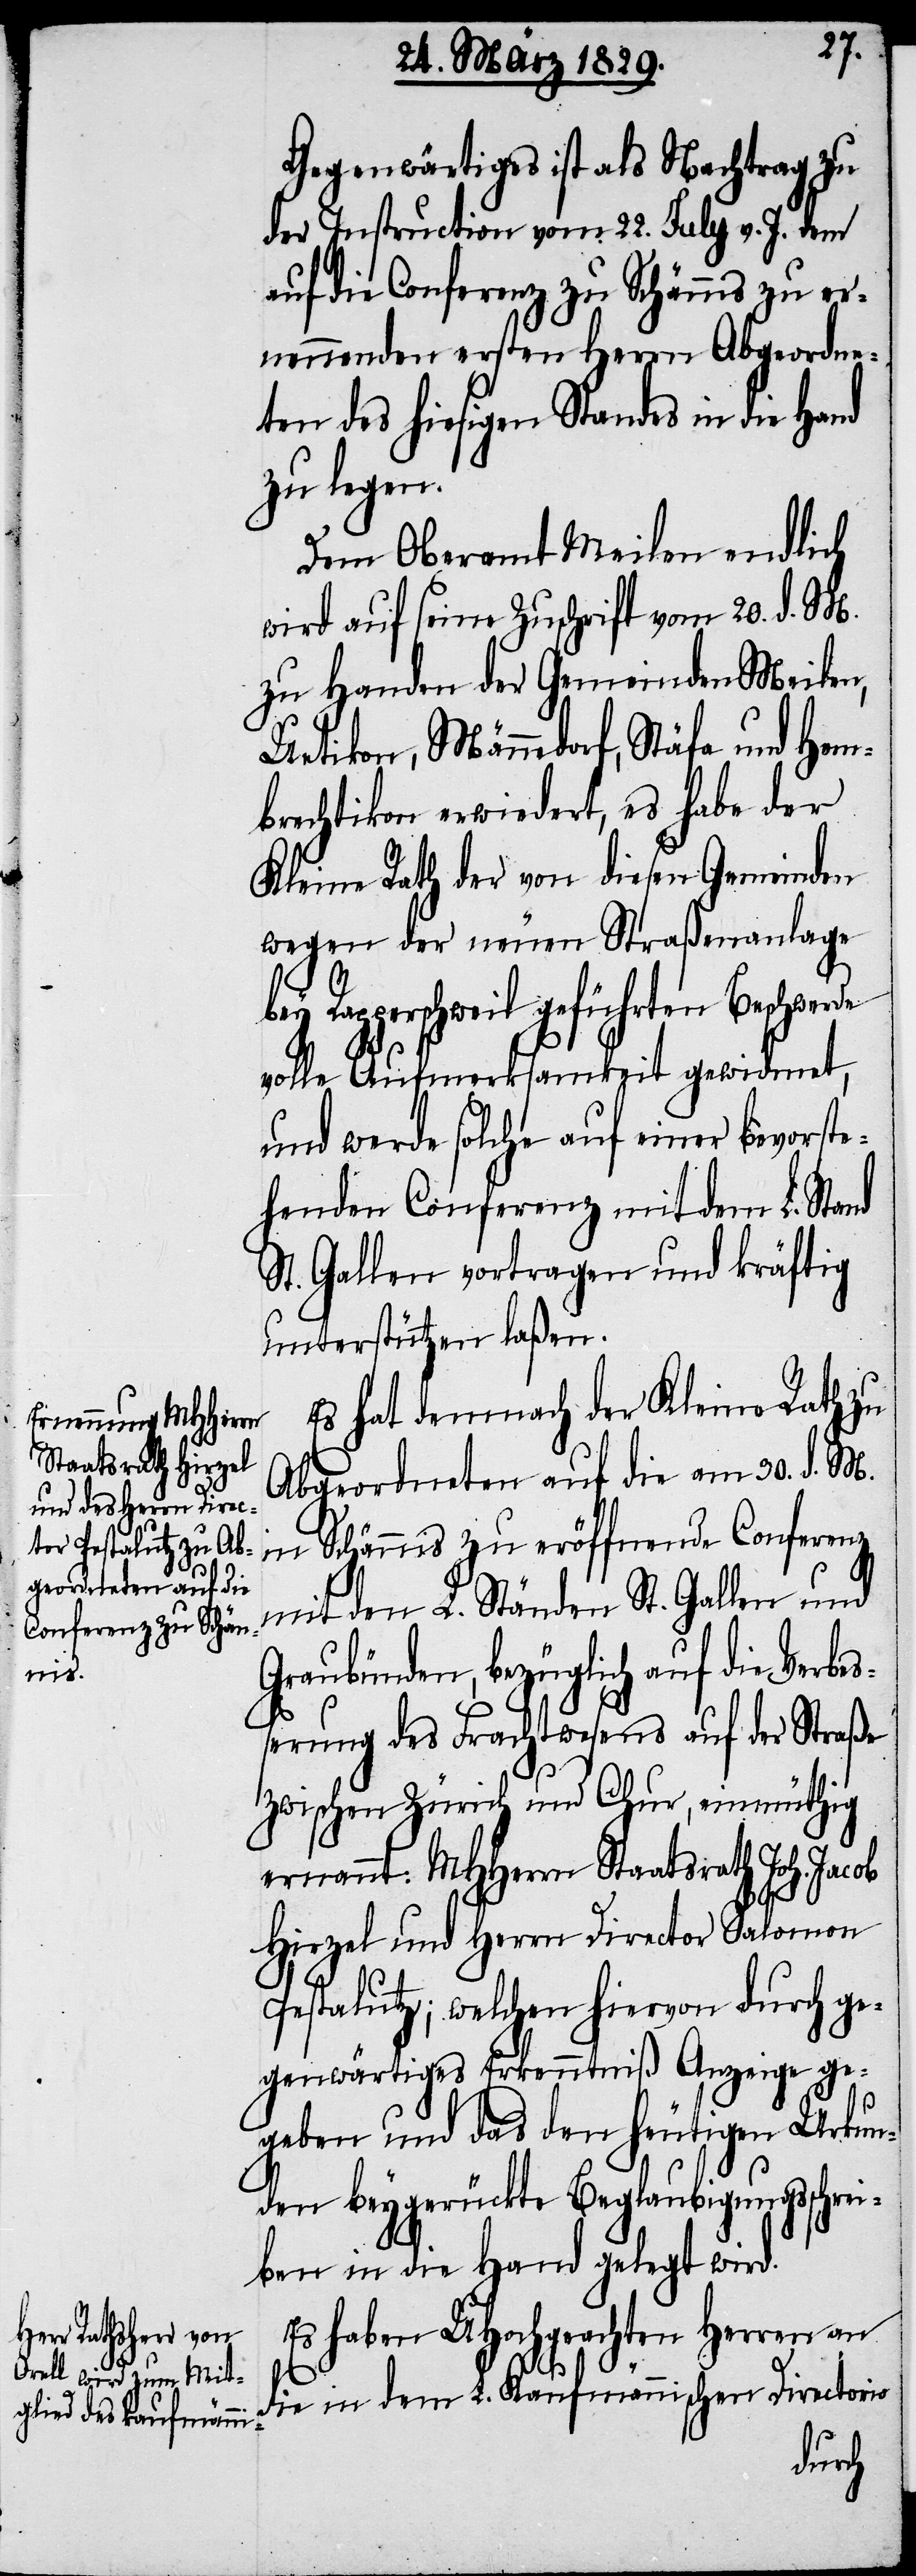
Gegenwärtiges ist als Nachtrag zu
der Instruction vom 22. July v. J. dem
auf die Conferenz zu Schännis zu er¬
nennenden ersten Herrn Abgeordne¬
ten des hiesigen Standes in die Hand
zu legen.
Dem Oberamt Meilen endlich
wird auf seine Zuschrift vom 20. d. M.
zu Handen der Gemeinden Meilen,
Uetikon, Männedorf, Stäfa und Hem¬
brechtikon erwiedert, es habe der
Kleine Rath der von diesen Gemeinden
wegen der neuen Straßenanlage
bey Rapperschweil geführten Beschwerde
volle Aufmerksamkeit gewidmet,
und werde solche auf einer bevorste¬
henden Conferenz mit dem L. Stand
St. Gallen vortragen und kräftig
unterstützen laßen.
Es hat demnach der Kleine Rath zu
Abgeordneten auf die am 30. d. M.
in Schännis zu eröffnende Conferenz
mit den L. Ständen St. Gallen und
Graubünden, bezüglich auf die Verbe¬
ßerung des Frachtwesens auf der Straße
zwischen Zürich und Chur, einmüthig
ernannt: MHHerrn Staatsrath Joh. Jacob
Hirzel und Herrn Director Salomon
Pestalutz; welchen hiervon durch ge¬
genwärtige Erkenntniß Anzeige ge¬
geben und das den heutigen Urkun¬
den beygerückte Beglaubigungsschrei¬
ben in die Hand gelegt wird.
Es haben UHochgeachten Herren an
die in dem L. Kaufmännischen Directorio